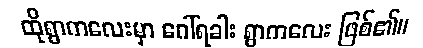
ထိုရွာကလေးမှာ ဂေါ်ရခါး ရွာကလေး ဖြစ်၏။